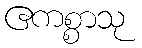
ဧကစ္စာသု